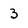
Character: 3